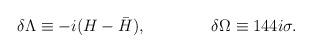
LaTeX: \begin{align*}\delta \Lambda \equiv - i (H - {\bar H}), \qquad \qquad\delta \Omega \equiv 144i \sigma.\end{align*}